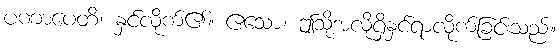
ပဏာပေတိ၊ နှင်လိုက်၏။ ဧသော၊ ဤသို့အလိုရှိနှင်ရာလိုက်ခြင်းသည်။